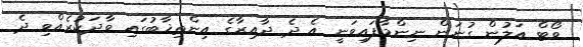
ވޯޓް އަލުން ގުނަން ނިންމާފައިވަނީ އެ ދެ ދާއިރާގެ އިންތިޚާބުގައި ވާދަކުރެއްވި ދެ